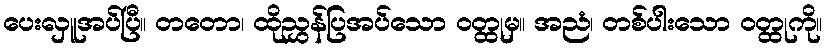
ပေးလှူအပ်ပြီ။ တတော၊ ထိုညွှန်ပြအပ်သော ဝတ္ထုမှ။ အညံ၊ တစ်ပါးသော ဝတ္ထုကို။